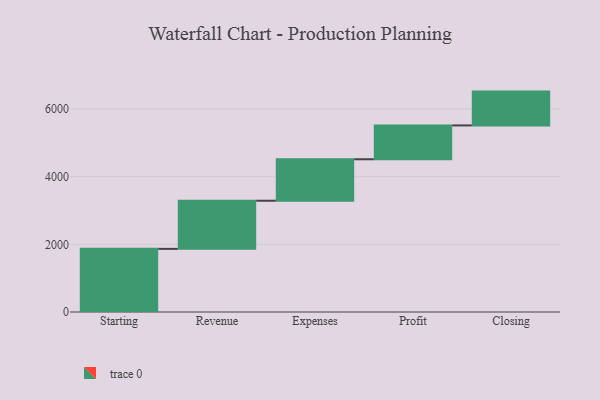
{"axis": {"x": "Step", "y": "Value"}, "legend": [""], "data": [{"x": "Starting", "y": 1866.0, "type": ""}, {"x": "Revenue", "y": 1423.0, "type": ""}, {"x": "Expenses", "y": 1226.0, "type": ""}, {"x": "Profit", "y": 1000, "type": ""}, {"x": "Closing", "y": 1000, "type": ""}]}